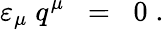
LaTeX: \varepsilon_{\mu}\; q^{\mu}\; \; =\; \; 0\; .